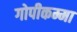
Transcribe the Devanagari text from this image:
गोपीकम्मा